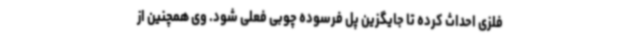
فلزی احداث کرده تا جایگزین پل فرسوده چوبی فعلی شود. وی همچنین از